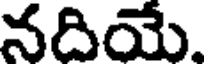
నదియే.